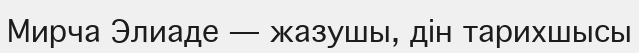
Мирча Элиаде — жазушы, дін тарихшысы